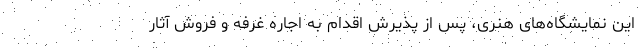
این نمایشگاه‌های هنری، پس از پذیرش اقدام به اجاره غرفه و فروش آثار